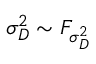
\sigma _ { D } ^ { 2 } \sim F _ { \sigma _ { D } ^ { 2 } }